Vaccination in Bombay 1889-1901 - 1889-1901
Year: 1889
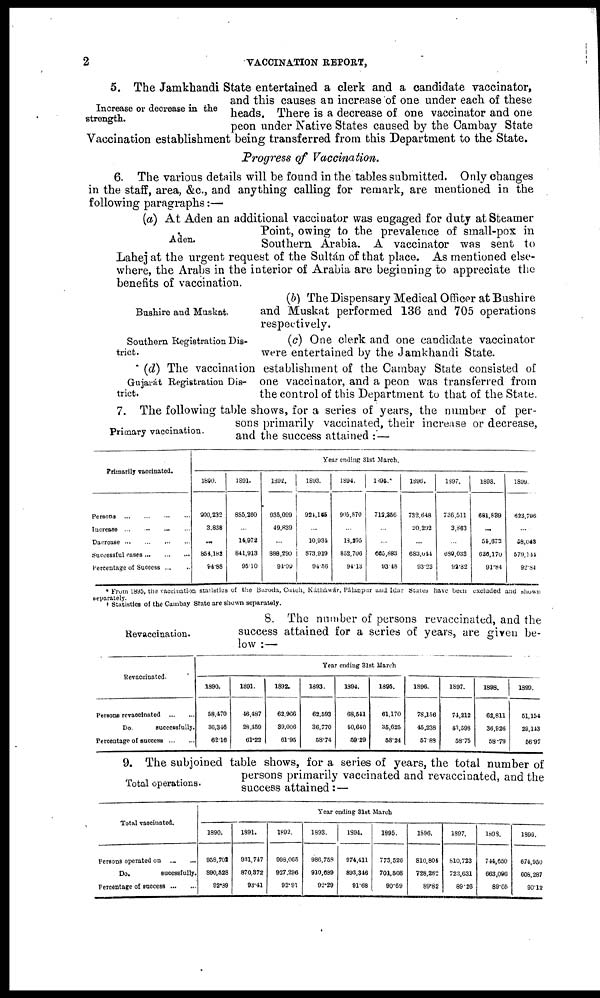
2
VACCINATION REPORT,
Increase or decrease in the
strength.
5. The Jamkhandi State entertained a clerk and a candidate vaccinator,
and this causes an increase of one under each of these
heads. There is a decrease of one vaccinator and one
peon under Native States caused by the Cambay State
Vaccination establishment being transferred from this Department to the State.
Progress of Vaccination.
6. The various details will be found in the tables submitted. Only changes
in the staff, area, &c., and anything calling for remark, are mentioned in the
following paragraphs:—
Aden.
(a) At Aden an additional vaccinator was engaged for duty at Steamer
Point, owing to the prevalence of small-pox in
Southern Arabia. A vaccinator was sent to
Lahej at the urgent request of the Sultán of that place. As mentioned else-
where, the Arabs in the interior of Arabia are beginning to appreciate the
benefits of vaccination.
Bushire and Muskat.
(b) The Dispensary Medical Officer at Bushire
and Muskat performed 136 and 705 operations
respectively.
Southern Registration Dis-
trict.
(c) One clerk and one candidate vaccinator
were entertained by the Jamkhandi State.
Gujarát Registration Dis-
trict.
(d) The vaccination establishment of the Cambay State consisted of
one vaccinator, and a peon was transferred from
the control of this Department to that of the State.
Primary vaccination.
7. The following table shows, for a series of years, the number of per-
sons primarily vaccinated, their increase or decrease,
and the success attained : —
Primarily vaccinated.
Persons
...
...
...
...
Increase ...
...
...
...
Dacrease... ... ... ...
Successful
cases...
...
...
Percentage of
Success...
...
Year ending 31st March.
1890.
900,232
3,838
...
854,182
94.88
1891.
885,260
...
14,972
841,913
95.10
1892.
935,099
49,839
...
888,290
94.99
1893.
924,155
...
10,934
873,919
94.56
1894.
905,870
...
18,295
852,706
94.13
1896.
712,356
...
...
665,883
93.48
1896.
732,648
20,292
...
683,044
93.23
1897.
736,511
3,863
...
680,033
92.82
1898.
681,839
...
54,672
626,170
91.84
1899.
623,796
...
58,043
579,144
92.84
* From 1895, the vaccination statistics of the Baroda, Cutch, Kátháwár, Pálanpur and Idar States have been excluded and shown
separately.
† Statistics of the Cambay State are shown separately.
Revaccination.
8. The number of persons revaccinated, and the
success attained for a series of years, are given be-
low :—
Revaccinated.
Persons revaccinated
...
...
Do.
successfully.
Percentage of success... ... ...
Year ending 31st March
1890.
58,470
36,346
62.16
1891.
46,487
28,459
61.22
1892.
62,966
39,006
61.95
1893.
62,593
36,770
58.74
1894.
68,541
40,640
59.29
1895.
61,170
35,625
58.24
1896.
78,156
45,238
57.89
1897.
74,212
43,598
58.75
1898.
62,811
36,926
58.79
1899.
51,154
29,143
56.97
Total operations.
9. The subjoined table shows, for a series of years, the total number of
persons primarily vaccinated and revaccinated, and the
success attained: —
Total vaccinated.
Persons operated on
...
...
Do.
sucessfully.
Percentage of
success...
...
Year ending 31st March
1890.
958,702
890,528
92.89
1891.
931,747
870,372
93.41
1892.
998,065
927,296
92.91
1893.
986,758
910,689
92.29
1894.
974,411
893,346
91.68
1895.
773,526
701,508
90.69
1896.
810,804
728,282
89.82
1897.
810,723
723,631
89.26
1898.
744,650
663,096
89.05
1899.
674,950
608,287
90.12